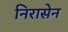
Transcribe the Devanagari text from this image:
निरासेन